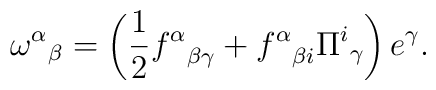
{\omega^\alpha}_\beta=\left({1\over 2}{f^{\alpha}}_{\beta\gamma} +{f^{\alpha}}_{\beta i}{\Pi^i}_\gamma\right)e^\gamma.